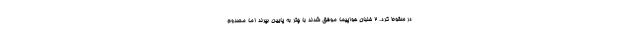
در سقوط کرد. 2 خلبان هواپیما موفق شدند با چتر به پایین بپرند اما مصدوم